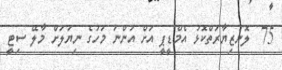
75  ލޮނުޒިޔާރަތްކޮޅު އެމްޑީޕީ އަށް އަންނަ މަހުގެ ނިޔަލަށް މާލޭ ސިޓީ